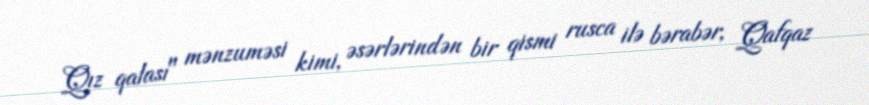
Qız qalası" mənzuməsi kimi, əsərlərindən bir qismi rusca ilə bərabər, Qafqaz